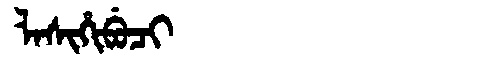
Manchu: ᠯᠠᠰᡳᡥᡳᠪᡠᠴᡳ
Romanization: LASIHIBUCI